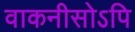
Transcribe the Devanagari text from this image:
वाकनीसोऽपि